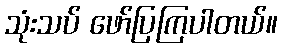
သုံးသပ် ဖော်ပြကြပါတယ်။